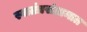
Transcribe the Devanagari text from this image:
स्वातंत्रसंग्रामात